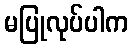
မပြုလုပ်ပါက